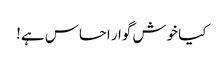
کیا خوش گوار احساس ہے!